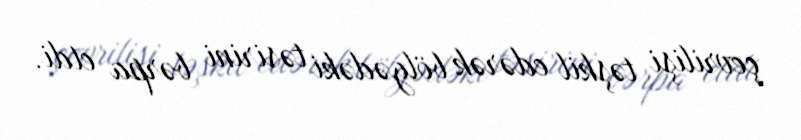
çevrilişi təşkil edərək bölgədəki təsirini bərpa etdi.